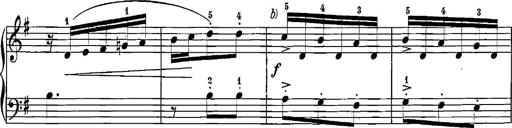
Title: 12 Sonatinas
Composer: Ignaz Pleyel